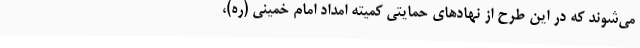
می‌شوند که در این طرح از نهادهای حمایتی کمیته امداد امام خمینی (ره)،